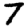
Digit: 7